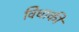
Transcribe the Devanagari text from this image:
विधाकी